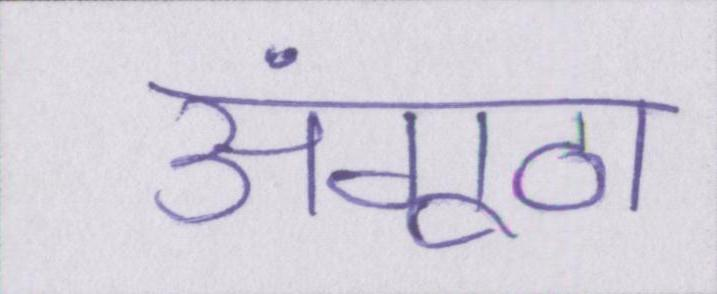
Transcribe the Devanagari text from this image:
अंगूठा